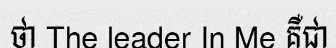
ថា The leader In Me គឺជា